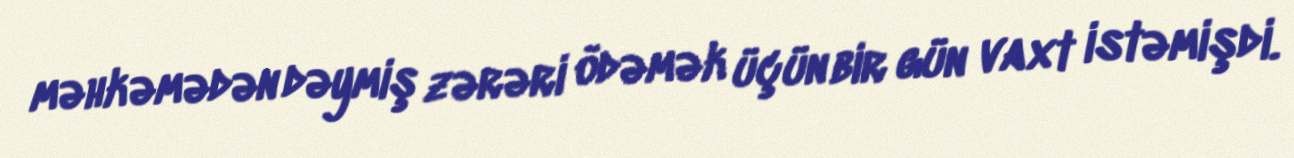
məhkəmədən dəymiş zərəri ödəmək üçün bir gün vaxt istəmişdi.